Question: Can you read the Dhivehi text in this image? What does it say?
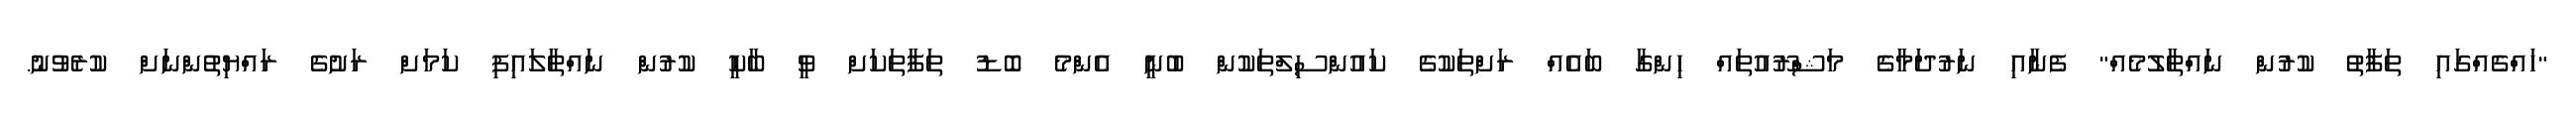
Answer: "ހައްގެއްގައި ތަފާތު ކުރުން ނައްތާލުމެއް" ފެނާއި ނަރުދަމާގެ މަޝްރޫއުތައް ހިންގާ ބައެއް ރަށްތަކުގެ ކައުންސިލްތަކުން ބުނީ އެންމެ ބޮޑު ތަފާތަކަށް ވީ ބާކީ ކުރުން ނައްތާލައިފި ކަމަށް ރަށުގެ ރައްޔިތުންނަށް ކުރެވުނު.